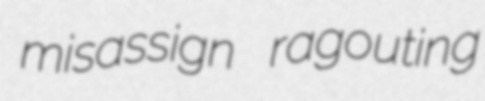
misassign ragouting